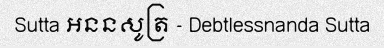
Sutta អននសូត្រ - Debtlessnanda Sutta